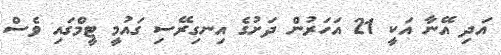
އަދި އޭނާ އަކީ 21 އަހަރުން ދަށުގެ އިނގިރޭސި ގައުމީ ޓީމްގައި ވެސް